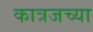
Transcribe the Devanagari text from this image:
कात्रजच्या